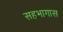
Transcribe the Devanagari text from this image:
सहभागास